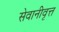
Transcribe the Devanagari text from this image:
सेवानीवृत्त